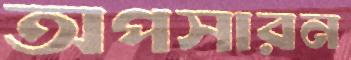
অপসারন